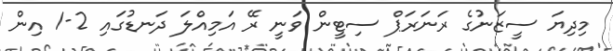
މިދިޔަ ސީޒަނުގެ ރަނަރަޕް ސިޓީން ވަނީ ރޭ އަމިއްލަ ދަނޑުގައި 2-1 އިން